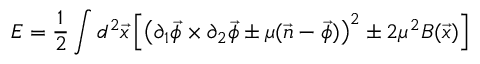
E = { \frac { 1 } { 2 } } \int d ^ { 2 } \vec { x } \, \Bigl [ \bigl ( \partial _ { 1 } \vec { \phi } \times \partial _ { 2 } \vec { \phi } \pm \mu ( \vec { n } - \vec { \phi } ) \bigr ) ^ { 2 } \pm 2 \mu ^ { 2 } B ( \vec { x } ) \Bigr ]